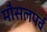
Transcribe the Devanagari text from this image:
मौसलपर्व